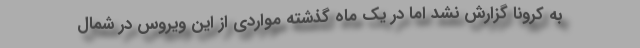
به کرونا گزارش نشد اما در یک ماه گذشته مواردی از این ویروس در شمال